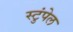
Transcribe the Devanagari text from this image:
स्टुंपेल